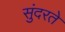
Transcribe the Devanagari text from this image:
सुंदरते